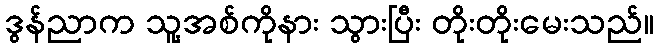
ဒွန်ညာက သူ့အစ်ကိုနား သွားပြီး တိုးတိုးမေးသည်။